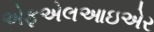
એફએલઆઇએર